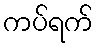
ကပ်ရက်